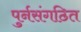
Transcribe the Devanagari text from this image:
पुर्नसंगठित